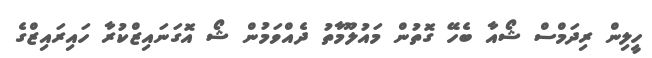
ހީލިން ރިދަމްސް ޝޯއާ ބެހޭ ގޮތުން މައުލޫމާތު ދެއްވަމުން ޝޯ އޮގަނައިޒްކުރާ ހައިރައިޒްގެ